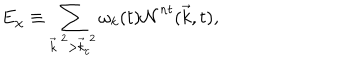
LaTeX: E _ { \chi } \equiv \sum _ { { \vec { k } } ^ { ~ 2 } > { \vec { k } } _ { c } ^ { ~ 2 } } { \omega } _ { k } ( t ) { \cal N } ^ { n t } ( { \vec { k } } , t ) ,